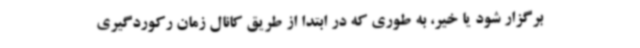
برگزار شود یا خیر، به طوری که در ابتدا از طریق کانال زمان رکوردگیری